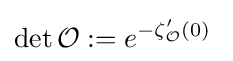
\det {\mathcal {O}}:=e^{-\zeta '_{\mathcal {O}}(0)}\;